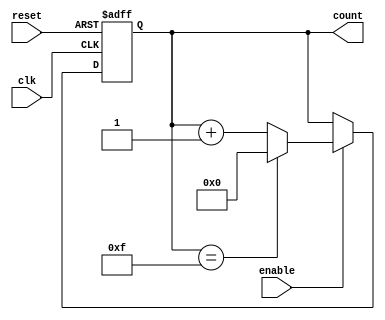
module MemoryBlocksUpCounter (
    input wire clk,          // Clock signal
    input wire reset,        // Reset signal
    input wire enable,       // Enable signal
    output reg [N-1:0] count // Count output (N bits wide)
);
    parameter N = 4; // Bit-width of the counter (4 bits for this example)

    // Synchronous reset and counting logic
    always @(posedge clk or posedge reset) begin
        if (reset) begin
            count <= 0; // Reset the count to 0
        end else if (enable) begin
            if (count == (2**N - 1)) begin
                count <= 0; // Wrap around on overflow
            end else begin
                count <= count + 1; // Increment the count
            end
        end
    end
endmodule